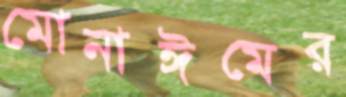
মোনাঈমের